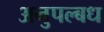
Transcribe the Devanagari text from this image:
अनुपल्बध